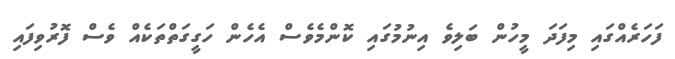
ފަހަރެއްގައި މިފަދަ މީހުން ބަލިވެ އިނުމުގައި ކޮންމެވެސް އެހެން ހަގީގަތްތަކެއް ވެސް ފޮރުވިފައި